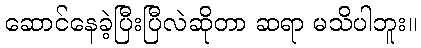
ဆောင်နေခဲ့ပြီးပြီလဲဆိုတာ ဆရာ မသိပါဘူး။